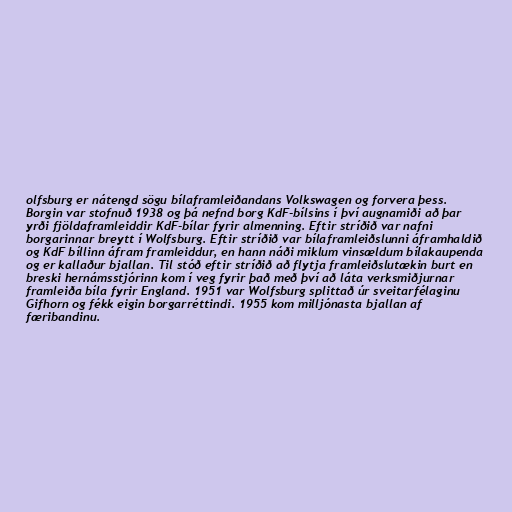
olfsburg er nátengd sögu bílaframleiðandans Volkswagen og forvera þess.
Borgin var stofnuð 1938 og þá nefnd borg KdF-bílsins í því augnamiði að þar
yrði fjöldaframleiddir KdF-bílar fyrir almenning. Eftir stríðið var nafni
borgarinnar breytt í Wolfsburg. Eftir stríðið var bílaframleiðslunni áframhaldið
og KdF bíllinn áfram framleiddur, en hann náði miklum vinsældum bílakaupenda
og er kallaður bjallan. Til stóð eftir stríðið að flytja framleiðslutækin burt en
breski hernámsstjórinn kom í veg fyrir það með því að láta verksmiðjurnar
framleiða bíla fyrir England. 1951 var Wolfsburg splittað úr sveitarfélaginu
Gifhorn og fékk eigin borgarréttindi. 1955 kom milljónasta bjallan af
færibandinu.